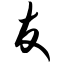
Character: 友